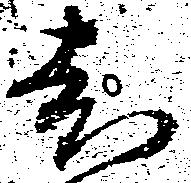
老